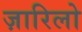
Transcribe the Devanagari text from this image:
ज़ारिलो